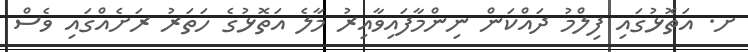
ށ. އަތޮޅުގައި ފިލްމު ދައްކަން ނިންމާފައިވާއިރު މާލެ އަތޮޅުގެ ހަތަރު ރަށެއްގައި ވެސް